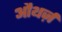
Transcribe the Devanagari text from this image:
औथर्ज़